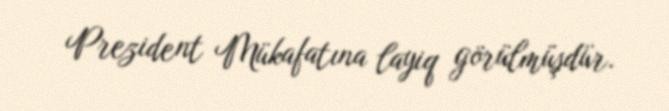
Prezident Mükafatına layiq görülmüşdür.